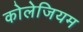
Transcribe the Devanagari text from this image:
कोलेजियम